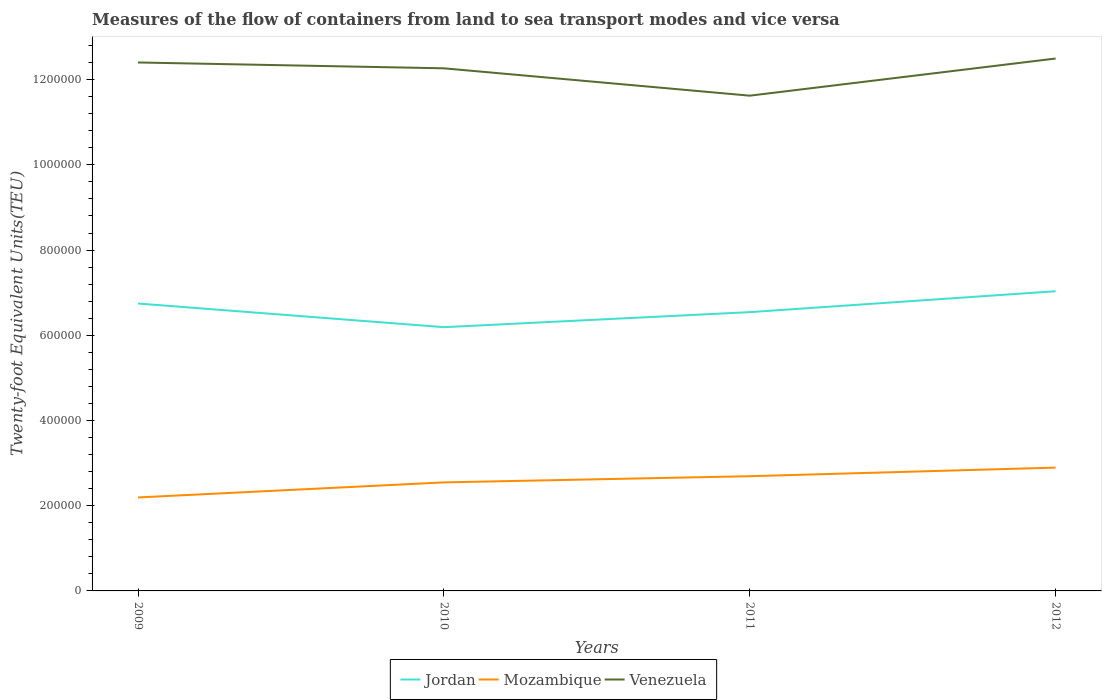
| Years | Jordan | Mozambique | Venezuela |
 | --- | --- | --- | --- |
 | 2009 | 6.75e+05 | 2.19e+05 | 1.24e+06 |
 | 2010 | 6.19e+05 | 2.55e+05 | 1.23e+06 |
 | 2011 | 6.54e+05 | 2.69e+05 | 1.16e+06 |
 | 2012 | 7.03e+05 | 2.89e+05 | 1.25e+06 |